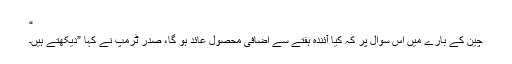
“
چین کے بارے میں اس سوال پر کہ کیا آئندہ ہفتے سے اضافی محصول عائد ہو گا، صدر ٹرمپ نے کہا ”دیکھتے ہیں۔